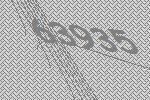
63935